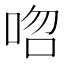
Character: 𠳪